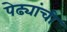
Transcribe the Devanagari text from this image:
पेढ्यांची